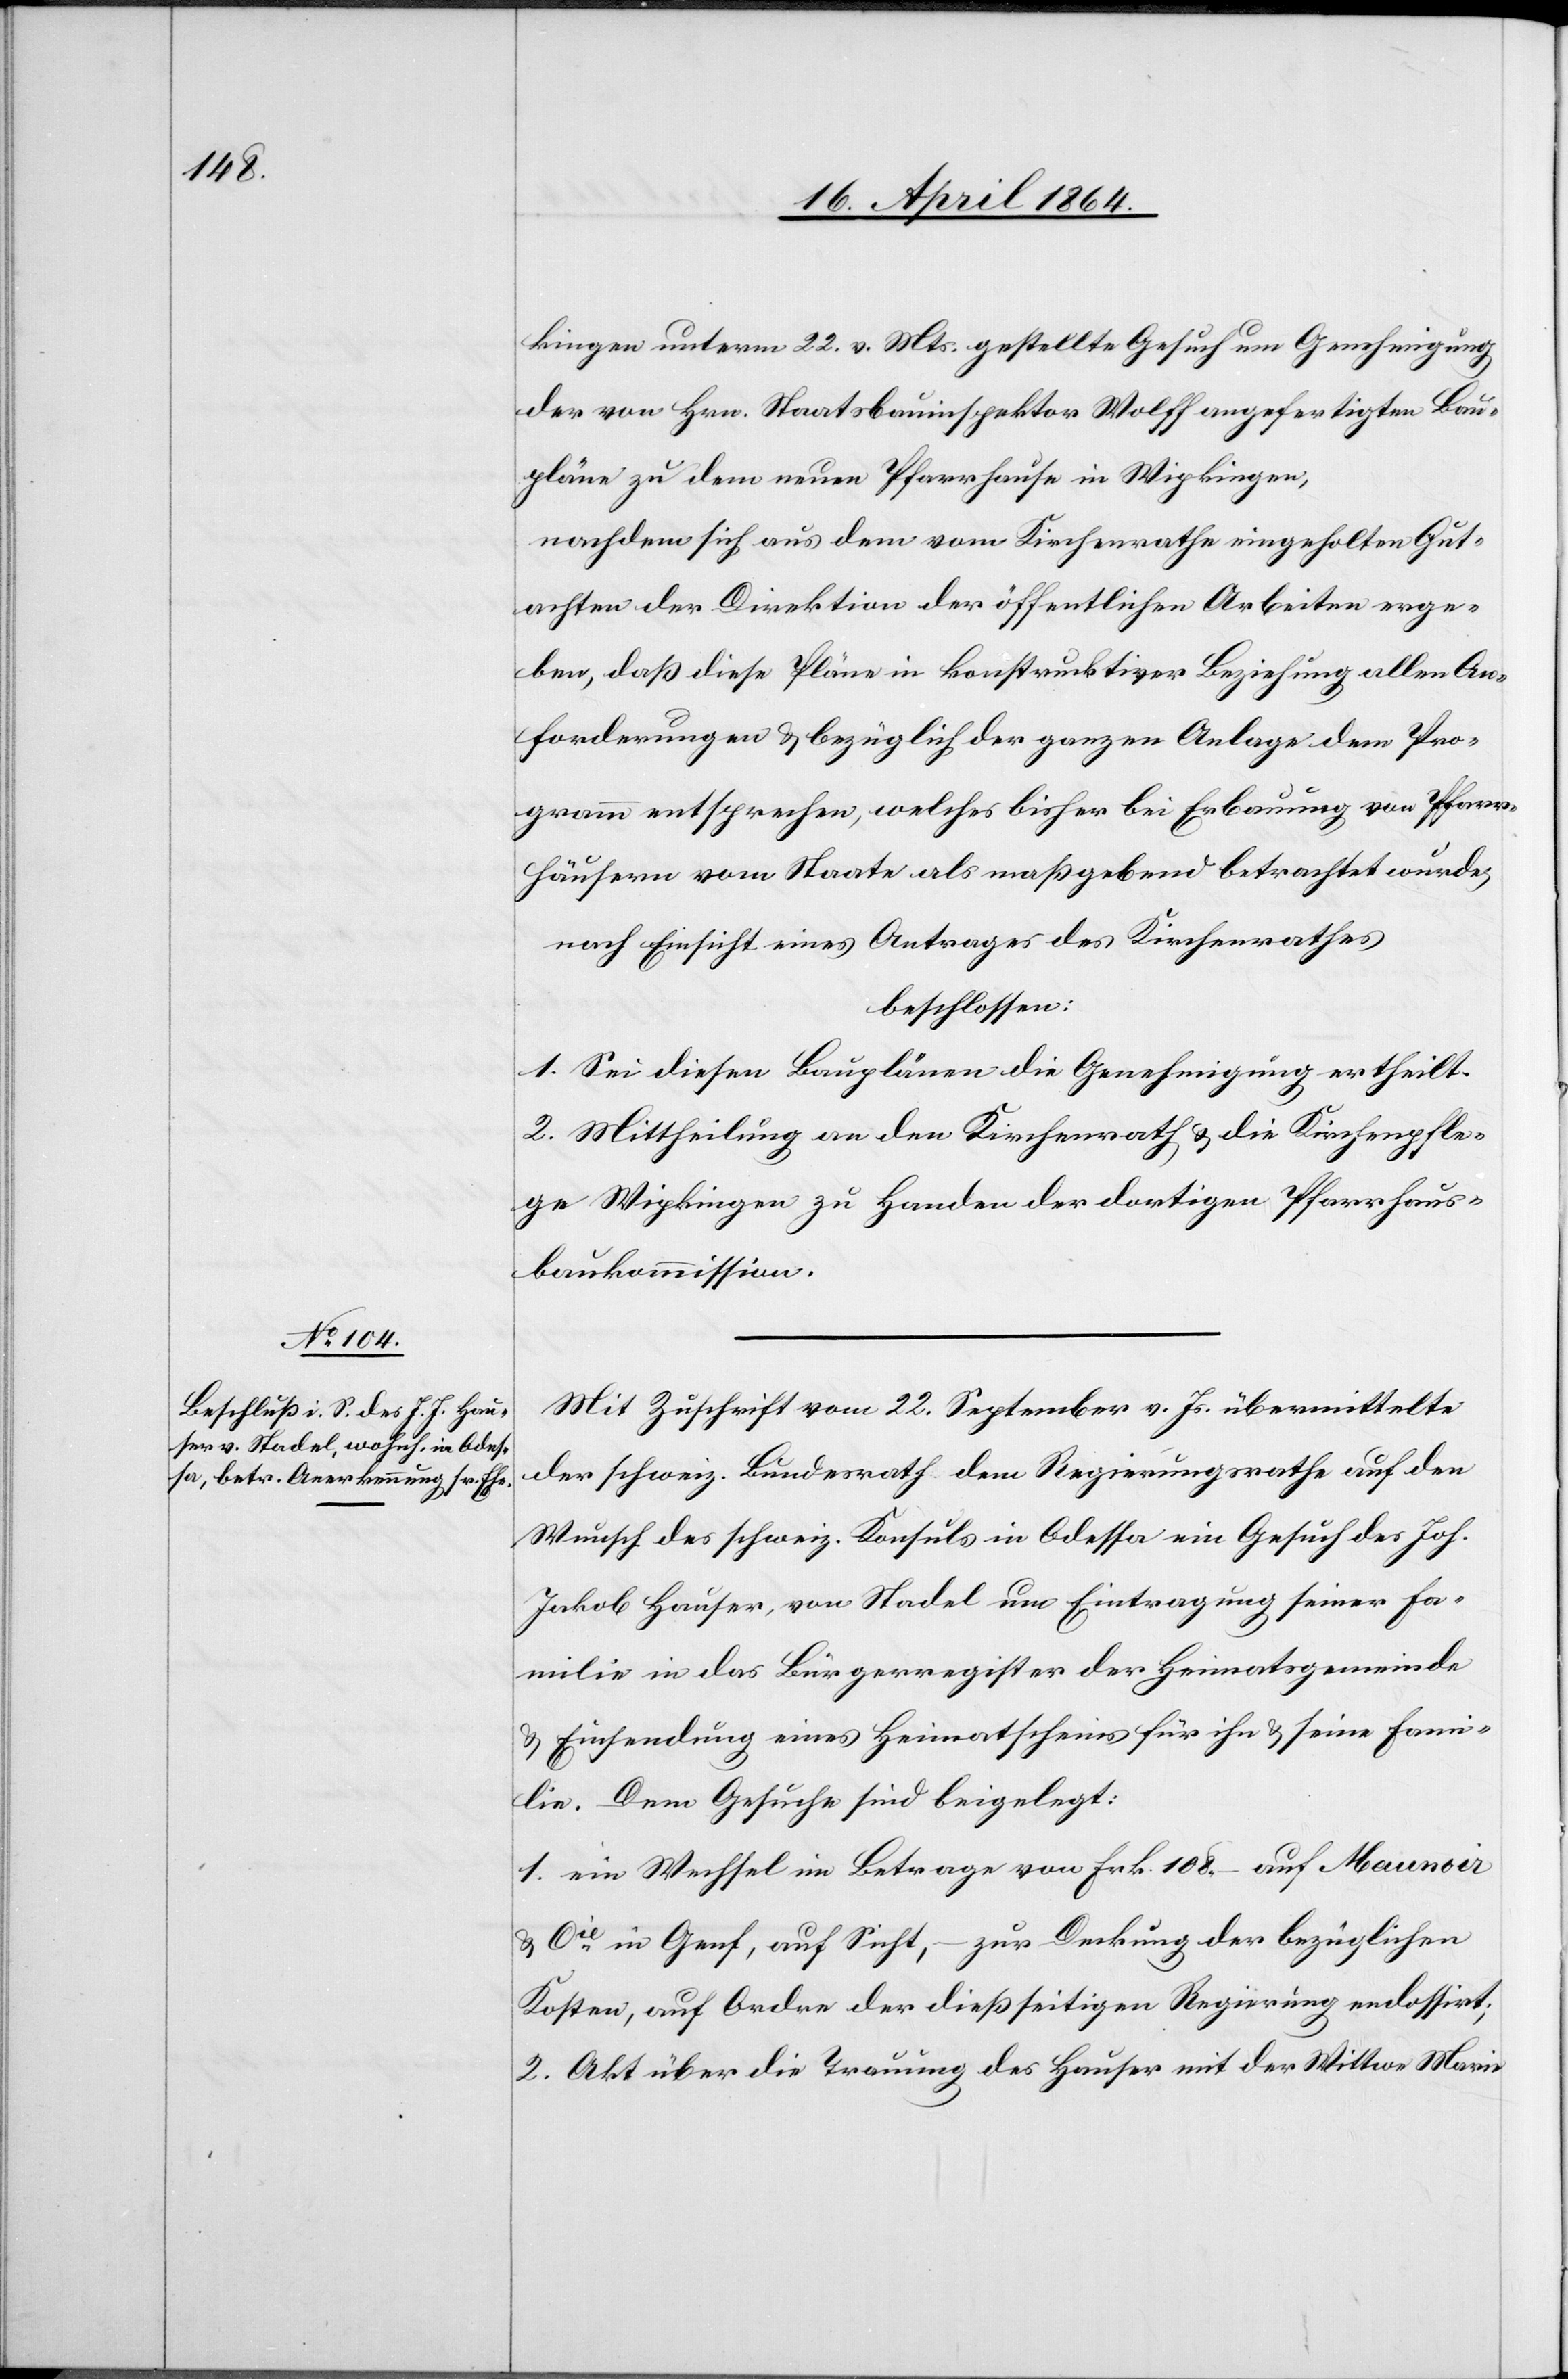
kingen unterm 22. v. Mts. gestellte Gesuch um Genehmigung
der von Hrn. Staatsbauinspektor Wolff angefertigten Bau¬
pläne zu dem neuen Pfarrhause in Wipkingen,
nachdem sich aus dem vom Kirchenrathe eingeholten Gut¬
achten der Direktion der öffentlichen Arbeiten erge¬
ben, daß diese Pläne in konstruktiver Beziehung allen An¬
forderungen u. bezüglich der ganzen Anlage dem Pro¬
gramm entsprechen, welches bisher bei Erbauung von Pfarr¬
häusern vom Staats als maßgebend betrachtet wurde,
nach Einsicht eines Antrages des Kirchenrathes
beschlossen:
1. Sei diesen Bauplänen die Genehmigung ertheilt.
2. Mittheilung an den Kirchenrath u. die Kirchenpfle¬
ge Wipkingen zu Handen der dortigen Pfarrhaus¬
baukommission.
Mit Zuschrift vom 22. September v. Js. übermittelte
der schweiz. Bundesrath dem Regierungsrathe auf den
Wunsch des schweiz. Konsuls in Odessa ein Gesuch des Joh.
Jakob Hauser, von Stadel um Eintragung seiner Fa¬
milie in das Bürgerregister der Heimatsgemeinde
u. Einsendung eines Heimatscheins für ihn u. seine Fami¬
lie. Dem Gesuche sind beigelegt:
1. ein Wechsel im Betrage von Frk. 108.– auf Maunoir
& Cie in Genf, auf Sicht, – zur Deckung der bezüglichen
Kosten, auf Ordre der dießseitigen Regierung endossirt;
2. Akt über die Trauung des Hauser mit der Wittwe Maria